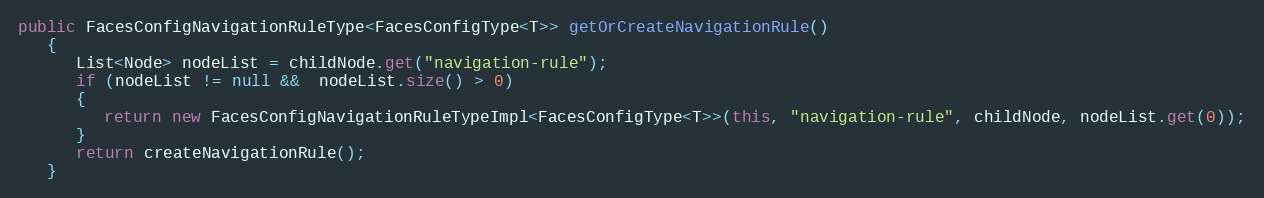
Language: Java
public FacesConfigNavigationRuleType<FacesConfigType<T>> getOrCreateNavigationRule()
   {
      List<Node> nodeList = childNode.get("navigation-rule");
      if (nodeList != null &&  nodeList.size() > 0)
      {
         return new FacesConfigNavigationRuleTypeImpl<FacesConfigType<T>>(this, "navigation-rule", childNode, nodeList.get(0));
      }
      return createNavigationRule();
   }